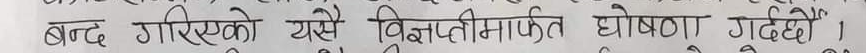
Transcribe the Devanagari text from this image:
बन्द गरिएको यसै विज्ञप्तिमार्फत घोषणा गर्दछौँ ।